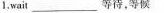
1,wai\underline等待,等候